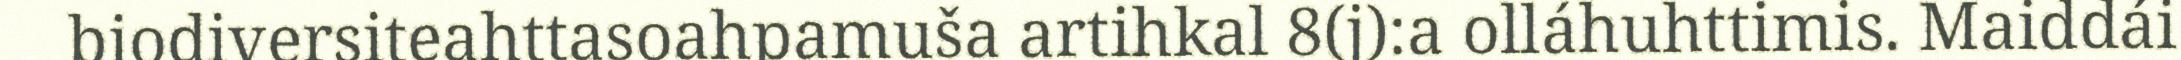
biodiversiteahttasoahpamuša artihkal 8(j):a olláhuhttimis. Maiddái